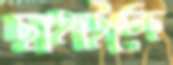
ছাহাইতেছ